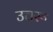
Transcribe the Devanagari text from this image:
उत्तरू